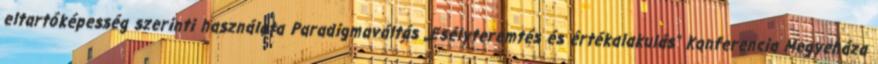
eltartóképesség szerinti használata Paradigmaváltás „Esélyteremtés és értékalakulás” Konferencia Megyeháza